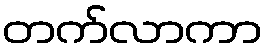
တက်လာကာ